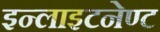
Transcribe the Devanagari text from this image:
इन्लाइटनेण्ट